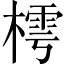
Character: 樗